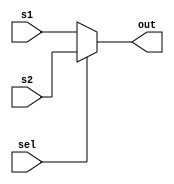
/*!>
* 2 in 1 out multiplexer module
*
*+ Input +* 
* s1 	- Source 1
* s2	- Source 2
* sel - Selector
*
*
*+ Output +* 
*  out - source output
*
*
<!*/
module Mux2in1out(
input s1, 
input s2, 
input sel,
output reg out
);

always @(s1, s2, sel)
begin
	if(~sel)
		begin 
			out=s1;
		end
	else
		begin
			out=s2;
		end
end

endmodule